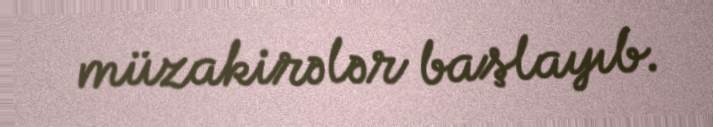
müzakirələr başlayıb.